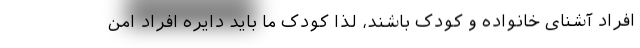
افراد آشنای خانواده و کودک باشند، لذا کودک ما باید دایره افراد امن